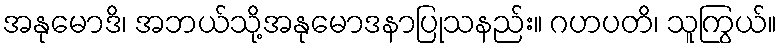
အနုမောဒိ၊ အဘယ်သို့အနုမောဒနာပြုသနည်း။ ဂဟပတိ၊ သူကြွယ်။